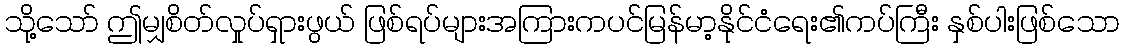
သို့သော် ဤမျှစိတ်လှုပ်ရှားဖွယ် ဖြစ်ရပ်များအကြားကပင်မြန်မာ့နိုင်ငံရေး၏ကပ်ကြီး နှစ်ပါးဖြစ်သော